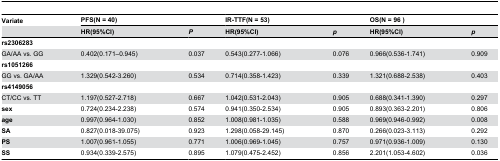
<table><thead><tr><td><b>Variate</b></td><td colspan="2"><b>PFS(N = 40)</b></td><td colspan="2"><b>IR-TTF(N = 53)</b></td><td colspan="2"><b>OS(N = 96 )</b></td></tr><tr><td></td><td><b>HR(95%CI)</b></td><td><b><i>P</i></b></td><td><b>HR(95%CI)</b></td><td><b><i>p</i></b></td><td><b>HR(95%CI)</b></td><td><b><i>p</i></b></td></tr></thead><tbody><tr><td><b>rs2306283</b></td><td></td><td></td><td></td><td></td><td></td><td></td></tr><tr><td>GA/AA vs. GG</td><td>0.402(0.171–0.945)</td><td>0.037</td><td>0.543(0.277-1.066)</td><td>0.076</td><td>0.966(0.536-1.741)</td><td>0.909</td></tr><tr><td><b>rs1051266</b></td><td></td><td></td><td></td><td></td><td></td><td></td></tr><tr><td>GG vs. GA/AA</td><td>1.329(0.542-3.260)</td><td>0.534</td><td>0.714(0.358-1.423)</td><td>0.339</td><td>1.321(0.688-2.538)</td><td>0.403</td></tr><tr><td><b>rs4149056</b></td><td></td><td></td><td></td><td></td><td></td><td></td></tr><tr><td>CT/CC vs. TT</td><td>1.197(0.527-2.718)</td><td>0.667</td><td>1.042(0.531-2.043)</td><td>0.905</td><td>0.688(0.341-1.390)</td><td>0.297</td></tr><tr><td><b>sex</b></td><td>0.724(0.234-2.238)</td><td>0.574</td><td>0.941(0.350-2.534)</td><td>0.905</td><td>0.893(0.363-2.201)</td><td>0.806</td></tr><tr><td><b>age</b></td><td>0.997(0.964-1.030)</td><td>0.852</td><td>1.008(0.981-1.035)</td><td>0.588</td><td>0.969(0.946-0.992)</td><td>0.008</td></tr><tr><td><b>SA</b></td><td>0.827(0.018-39.075)</td><td>0.923</td><td>1.298(0.058-29.145)</td><td>0.870</td><td>0.266(0.023-3.113)</td><td>0.292</td></tr><tr><td><b>PS</b></td><td>1.007(0.961-1.055)</td><td>0.771</td><td>1.006(0.969-1.045)</td><td>0.757</td><td>0.971(0.936-1.009)</td><td>0.130</td></tr><tr><td><b>SS</b></td><td>0.934(0.339-2.575)</td><td>0.895</td><td>1.079(0.475-2.452)</td><td>0.856</td><td>2.201(1.053-4.602)</td><td>0.036</td></tr></tbody></table>